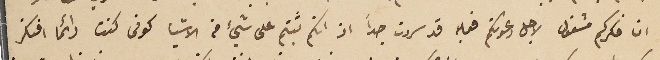
ان فكركم مشغول لاجل دعوتكم فعليه قد سررت جداً اذ انكم ثبتم على شيء من الاشيا كونى كنت دائما افتكر